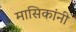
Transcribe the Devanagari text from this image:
मासिकांनी